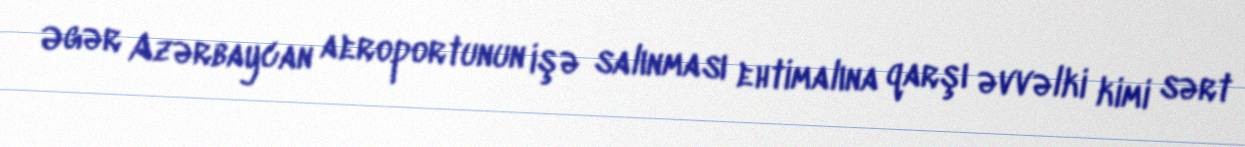
Əgər Azərbaycan aeroportunun işə salınması ehtimalına qarşı əvvəlki kimi sərt